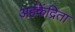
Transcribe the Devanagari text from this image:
अहंकेंद्रिता